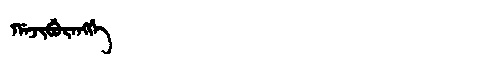
Manchu: ᡤᠠᠵᡳᠪᡠᡵᠠᠩᡤᡝ
Romanization: GAJIBURANGGE